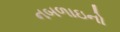
નબળાઇનો